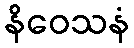
နိဝေသနံ